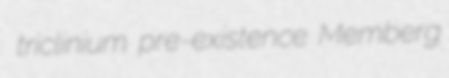
triclinium pre-existence Memberg